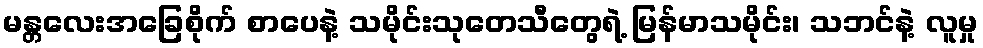
မန္တလေးအခြေစိုက် စာပေနဲ့ သမိုင်းသုတေသီတွေရဲ့ မြန်မာသမိုင်း၊ သဘင်နဲ့ လူမှု